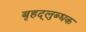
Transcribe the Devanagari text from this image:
बृहद्‌लुब्धक